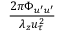
\frac { 2 \pi \Phi _ { u ^ { \prime } u ^ { \prime } } } { \lambda _ { z } u _ { \tau } ^ { 2 } }